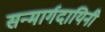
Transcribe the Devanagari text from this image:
सन्मार्गदायिनी